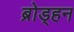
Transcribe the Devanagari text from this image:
ब्रोड्हन